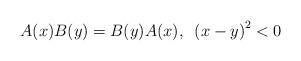
LaTeX: \begin{align*}A(x)B(y)=B(y)A(x),\,\,\,\left( x-y\right) ^{2}<0\end{align*}